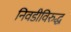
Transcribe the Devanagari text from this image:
निवडीविरुद्ध